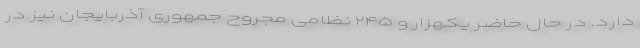
دارد. در حال حاضر یکهزار و ۲۴۵ نظامی مجروح جمهوری آذربایجان نیز در